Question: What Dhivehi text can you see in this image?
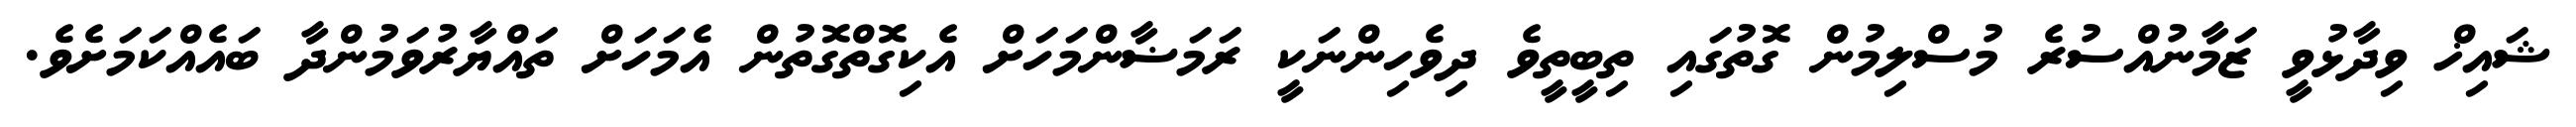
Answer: ޝައިޚް ވިދާޅުވީ ޒަމާނުއްސުރެ މުސްލިމުން ގޮތުގައި ތިބީތީވެ ދިވެހިންނަކީ ރަމަޟާންމަހަށް އެކިގޮތްގޮތުން އެމަހަށް ތައްޔާރުވަމުންދާ ބައެއްކަމަށެވެ.